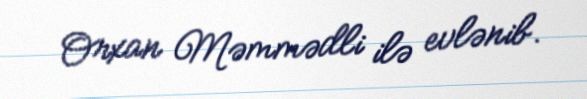
Orxan Məmmədli ilə evlənib.